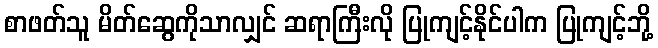
စာဖတ်သူ မိတ်ဆွေကိုသာလျှင် ဆရာကြီးလို ပြုကျင့်နိုင်ပါက ပြုကျင့်ဘို့